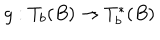
g : T _ { b } ( B ) \rightarrow T _ { b } ^ { \ast } ( B )